Riigikantselei, lk 111
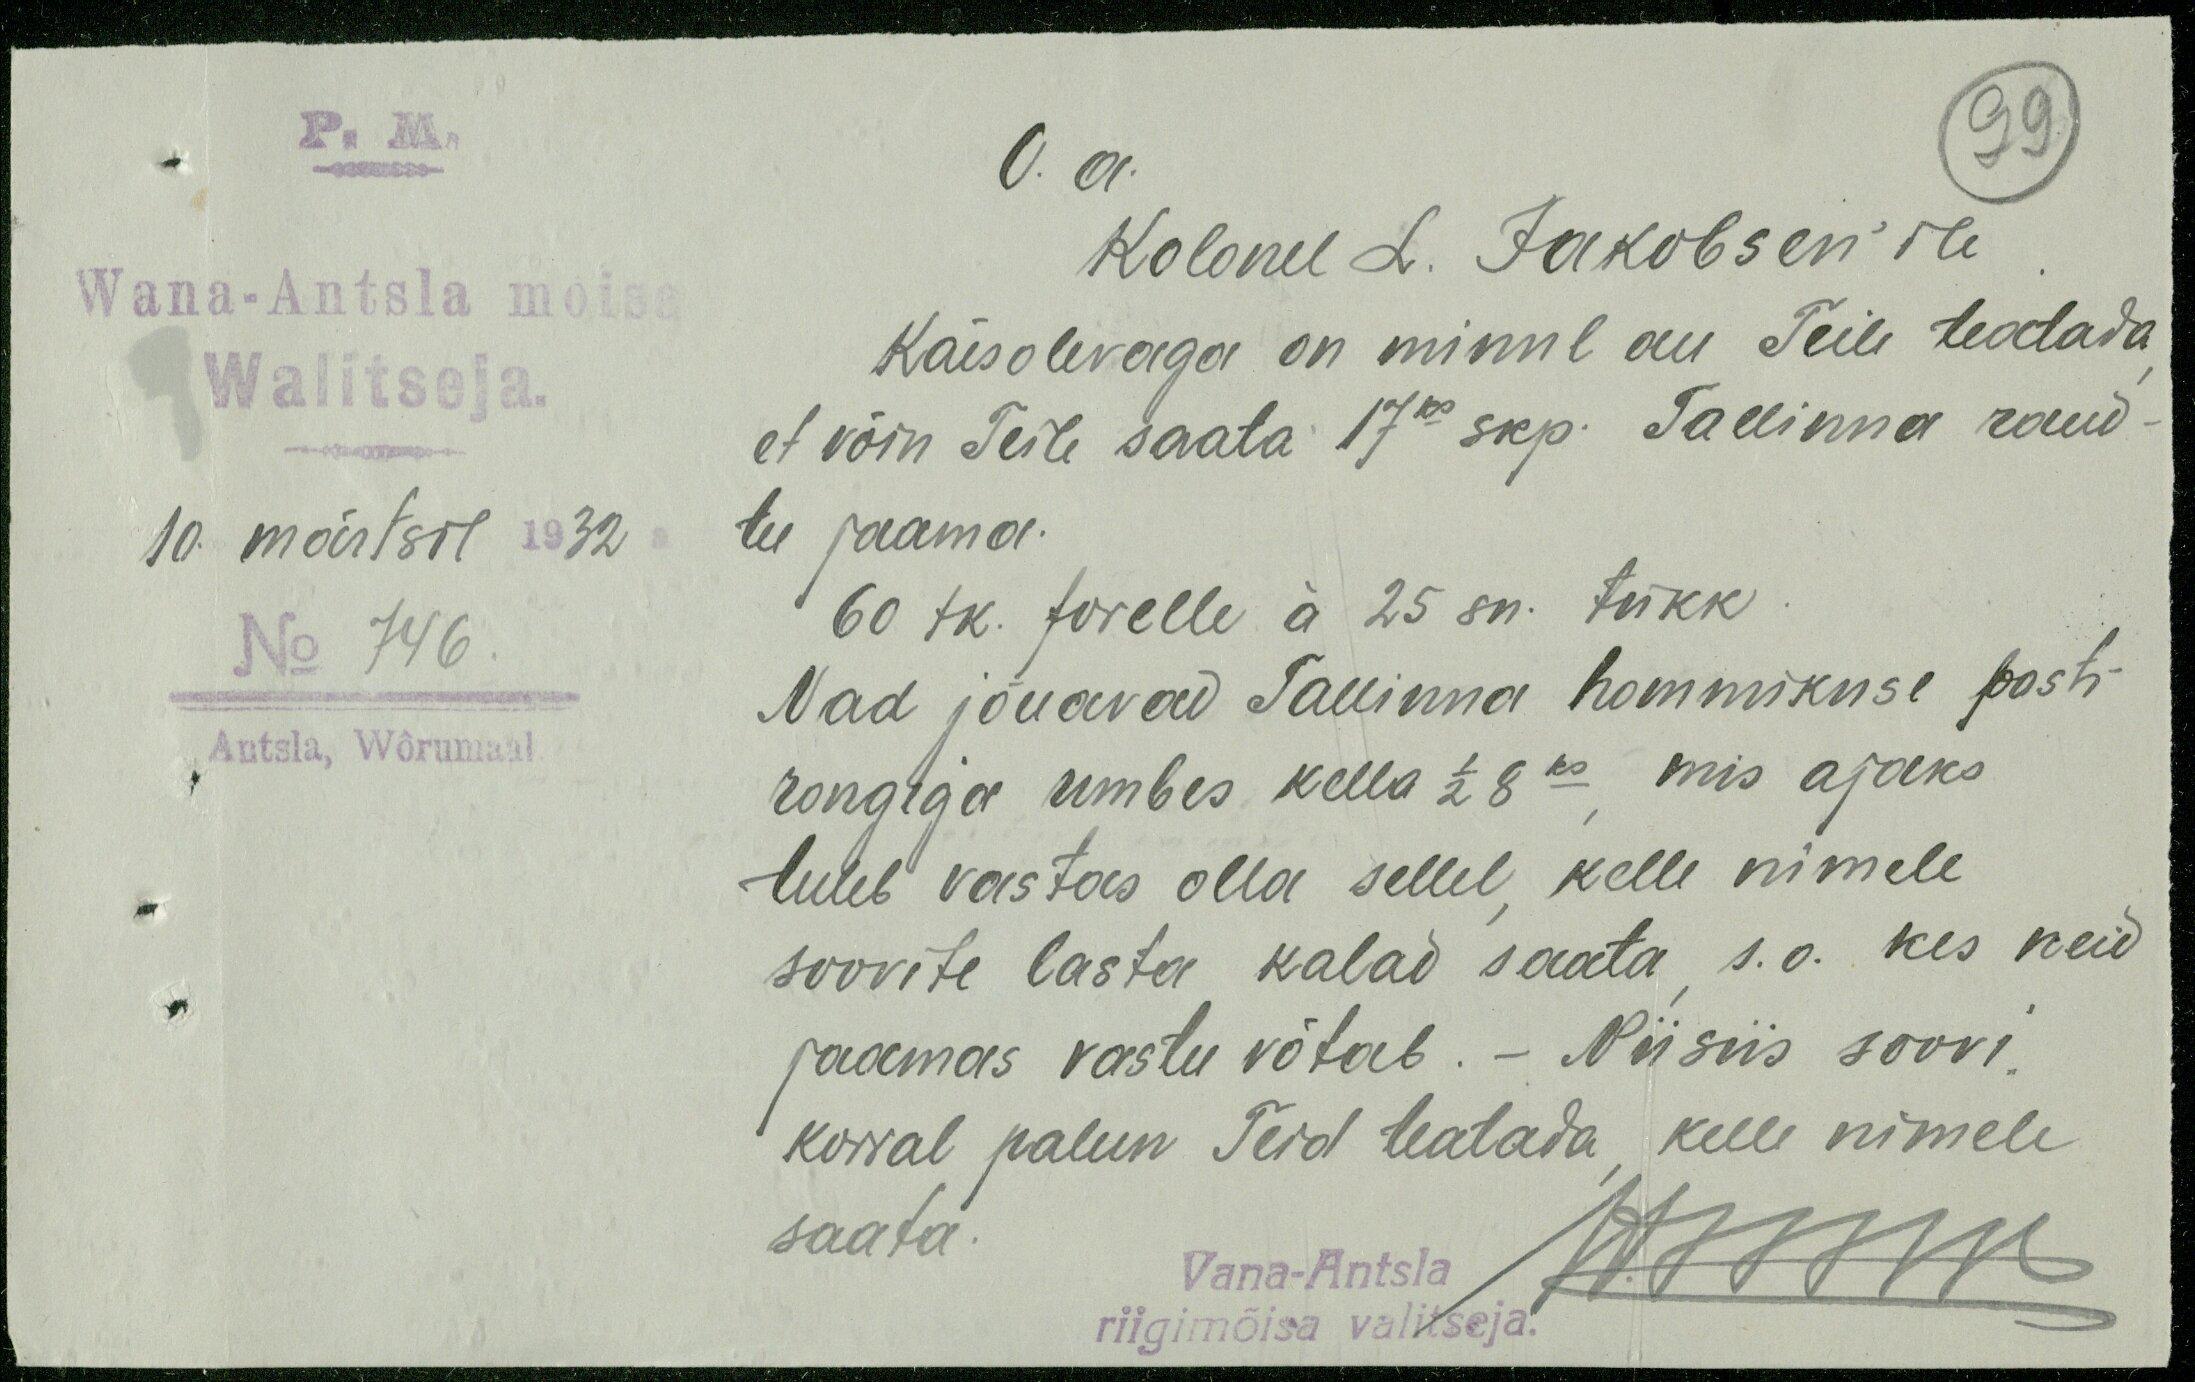
99
Wana-Antsla mõisa
Walitseja.
10. märtsil 1932
N 746.
Antsla, Wõrumaal.
V. a.
Kolonel L. Jakobsen'ile
Käesolevaga on minul au Teile teatada
et võin Teile saata 17ks skp. Tallinna raud-
tee jaama.
60 tk. forelle á 25 sn. tükk
Nad jõuavad Tallinna hommikuse posti
rongiga umbes kella 1/2 8 ks mis ajaks
tuleb vastas olla sellel kelle nimele
soovite lasta kalad saata s.o. kes neid
jaamas vastu võtab. - Niisiis soovi,
korral palun Teid teatada kelle nimele
saata.
Vana-Antsla
riigimõisa valitseja.
Anni